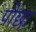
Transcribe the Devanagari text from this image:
पोछा